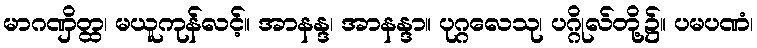
မာဂဏှိတ္ထ၊ မယူကုန်လင့်။ အာနန္ဒ၊ အာနန္ဒာ။ ပုဂ္ဂလေသု၊ ပဂ္ဂိုလ်တို့၌။ ပမပဏံ၊